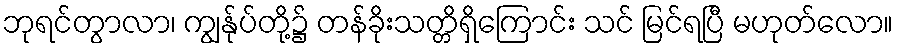
ဘုရင်တွာလာ၊ ကျွန်ုပ်တို့၌ တန်ခိုးသတ္တိရှိကြောင်း သင် မြင်ရပြီ မဟုတ်လော။